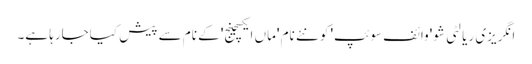
انگریزی ریالٹی شو 'وائف سوئپ' کو نئے نام 'ماں ایکسچینج' کے نام سے پیش کیاجارہا ہے۔